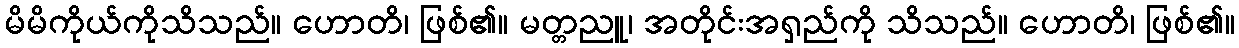
မိမိကိုယ်ကိုသိသည်။ ဟောတိ၊ ဖြစ်၏။ မတ္တညူ၊ အတိုင်းအရှည်ကို သိသည်။ ဟောတိ၊ ဖြစ်၏။